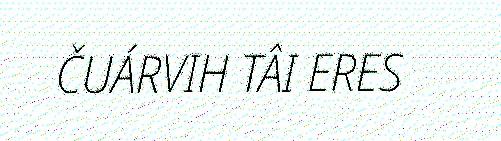
ČUÁRVIH TÂI ERES